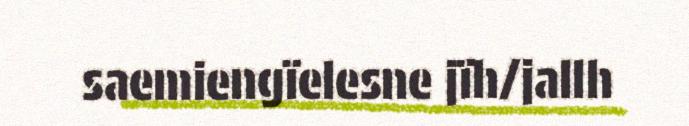
saemiengïelesne jïh/jallh